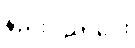
နည်းပညာပေး